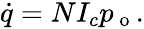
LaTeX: \begin{array}{r}{\dot{q}=NI_{c}p_{\mathrm{~o~}}.}\end{array}